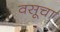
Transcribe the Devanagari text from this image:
वसूचा